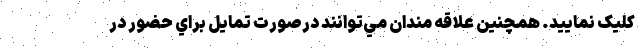
کلیک نمایید. همچنين علاقه مندان مي‌توانند درصورت تمايل براي حضور در